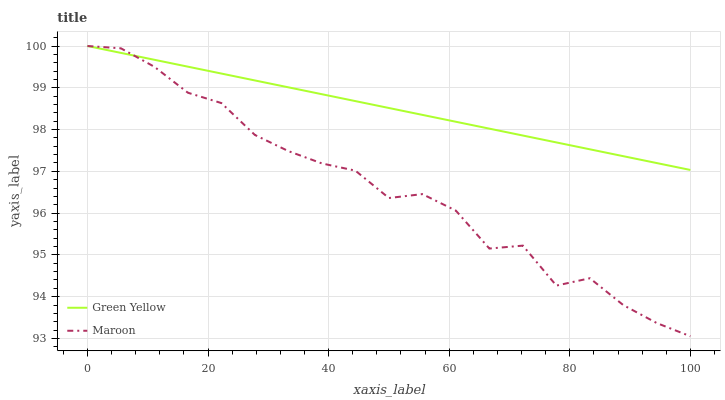
| xaxis_label | Green Yellow | Maroon |
 | --- | --- | --- |
 | 0 | 100 | 100 |
 | 5.56 | 99.8 | 99.9 |
 | 11.1 | 99.7 | 99.5 |
 | 16.7 | 99.5 | 98.9 |
 | 22.2 | 99.3 | 98.6 |
 | 27.8 | 99.2 | 97.9 |
 | 33.3 | 99 | 97.5 |
 | 38.9 | 98.8 | 97.2 |
 | 44.4 | 98.7 | 97 |
 | 50 | 98.5 | 96.4 |
 | 55.6 | 98.4 | 96.5 |
 | 61.1 | 98.2 | 96.1 |
 | 66.7 | 98 | 95.2 |
 | 72.2 | 97.9 | 95.2 |
 | 77.8 | 97.7 | 94.3 |
 | 83.3 | 97.5 | 94.4 |
 | 88.9 | 97.4 | 93.8 |
 | 94.4 | 97.2 | 93.4 |
 | 100 | 97 | 93.1 |